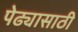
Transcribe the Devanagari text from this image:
पेढ्यासाठी